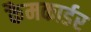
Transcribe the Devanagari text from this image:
कैमकार्डर